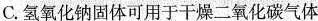
C.氢氧化钠固体可用于干燥二氧化碳气体